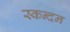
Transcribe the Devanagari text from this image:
स्कन्दन